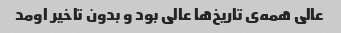
عالی همه‌ی تاریخ‌ها عالی بود و بدون تاخیر اومد